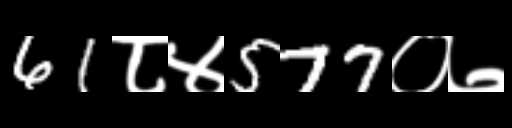
Text: 61८४577०७